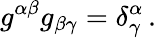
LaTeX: g^{\alpha\beta}g_{\beta\gamma}=\delta_{\gamma}^{\alpha}\, .